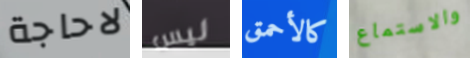
لاحاجة ليس كالأحمق والاستماع